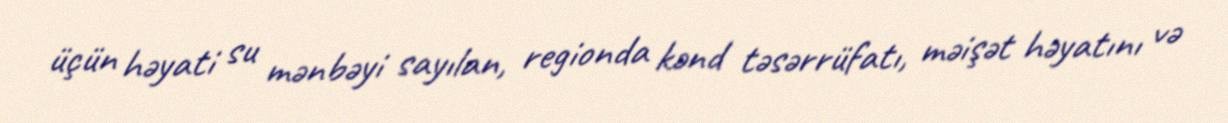
üçün həyati su mənbəyi sayılan, regionda kənd təsərrüfatı, məişət həyatını və